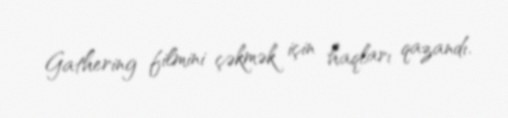
Gathering filmini çəkmək için haqları qazandı.